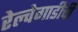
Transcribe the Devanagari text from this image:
रेल्वेगाडीची